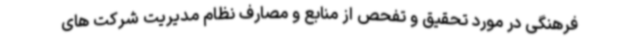
فرهنگی در مورد تحقیق و تفحص از منابع و مصارف نظام مدیریت شرکت های